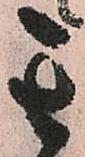
其